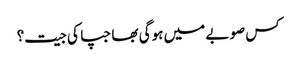
کس صوبے میں ہوگی بھاجپا کی جیت؟